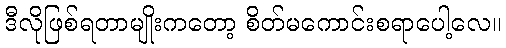
ဒီလိုဖြစ်ရတာမျိုးကတော့ စိတ်မကောင်းစရာပေါ့လေ။